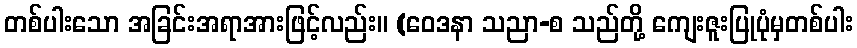
တစ်ပါးသော အခြင်းအရာအားဖြင့်လည်း။ (ဝေဒနာ သညာ-စ သည်တို့ ကျေးဇူးပြုပုံမှတစ်ပါး